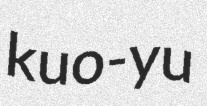
kuo-yu